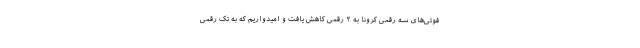
فوتی‌های سه رقمی کرونا به ۲ رقمی کاهش یافت و امیدواریم که به تک رقمی